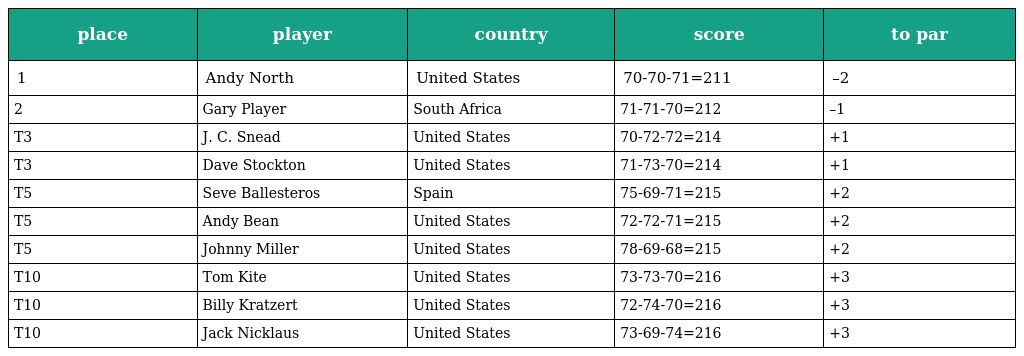
| place | player | country | score | to par |
 | --- | --- | --- | --- | --- |
 | 1 | Andy North | United States | 70-70-71=211 | –2 |
 | 2 | Gary Player | South Africa | 71-71-70=212 | –1 |
 | T3 | J. C. Snead | United States | 70-72-72=214 | +1 |
 | T3 | Dave Stockton | United States | 71-73-70=214 | +1 |
 | T5 | Seve Ballesteros | Spain | 75-69-71=215 | +2 |
 | T5 | Andy Bean | United States | 72-72-71=215 | +2 |
 | T5 | Johnny Miller | United States | 78-69-68=215 | +2 |
 | T10 | Tom Kite | United States | 73-73-70=216 | +3 |
 | T10 | Billy Kratzert | United States | 72-74-70=216 | +3 |
 | T10 | Jack Nicklaus | United States | 73-69-74=216 | +3 |